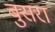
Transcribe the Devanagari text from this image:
बुसरा